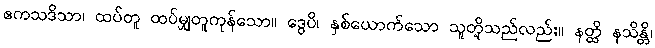
ဧကသဒိသာ၊ ထပ်တူ ထပ်မျှတူကုန်သော။ ဒွေပိ၊ နှစ်ယောက်သော သူတို့သည်လည်း။ နတ္ထိ နသိန္တိ၊